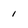
Character: 1